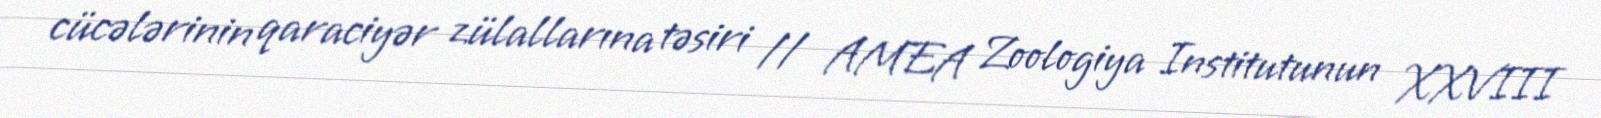
cücələrinin qaraciyər zülallarına təsiri // AMEA Zoologiya Institutunun XXVIII